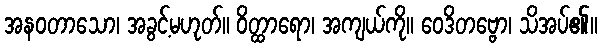
အနဝတာသော၊ အခွင့်မဟုတ်။ ဝိတ္ထာရော၊ အကျယ်ကို။ ဝေဒိတဗ္ဗော၊ သိအပ်၏။